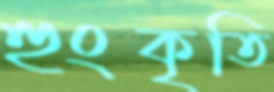
হুংকৃতি